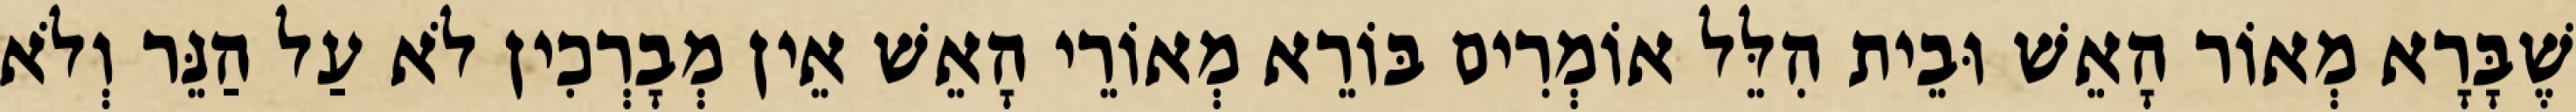
שֶׁבָּרָא מְאוֹר הָאֵשׁ וּבֵית הִלֵּל אוֹמְרִים בּוֹרֵא מְאוֹרֵי הָאֵשׁ אֵין מְבָרְכִין לֹא עַל הַנֵּר וְלֹא